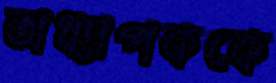
অধ্যাপককে